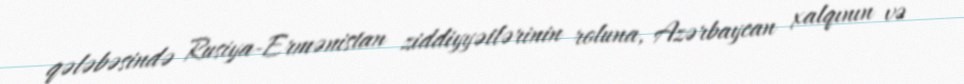
qələbəsində Rusiya-Ermənistan ziddiyyətlərinin roluna, Azərbaycan xalqının və